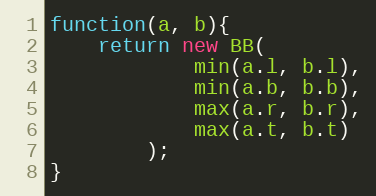
Language: JavaScript
function(a, b){
    return new BB(
            min(a.l, b.l),
            min(a.b, b.b),
            max(a.r, b.r),
            max(a.t, b.t)
        );
}